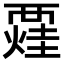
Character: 𧟼